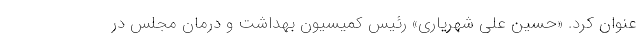
عنوان کرد. «حسین علی شهریاری» رئیس کمیسیون بهداشت و درمان مجلس در